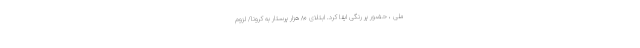
ملی ، حضور پر رنگی ایفا کرد. ابتلای ۸۰ هزار پرستار به کرونا/ لزوم